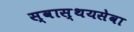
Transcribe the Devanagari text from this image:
स्वास्थयसेवा